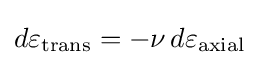
d\varepsilon _{\text{trans}}=-\nu \,d\varepsilon _{\text{axial}}